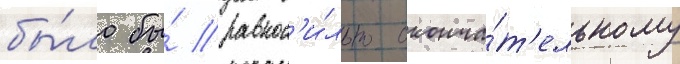
бы́ло бы́ равнос'и́льно оконча́т'ельному